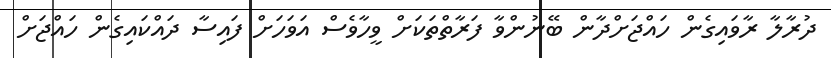
ދުރާލާ ރާވައިގެން ހައްޖަށްދާން ބޭނުންވާ ފަރާތްތަކަށް ވީހާވެސް އަވަހަށް ފައިސާ ދައްކައިގެން ހައްޖަށް